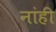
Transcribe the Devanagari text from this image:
नांही